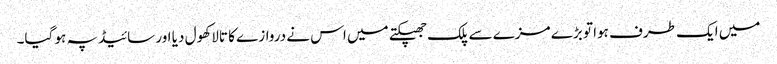
میں ایک طرف ہوا تو بڑے مزے سے پلک جھپکتے میں اس نے دروازے کا تالا کھول دیا اور سائیڈ پہ ہو گیا۔